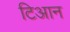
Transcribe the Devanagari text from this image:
टिआन